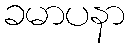
ခမာပနာ